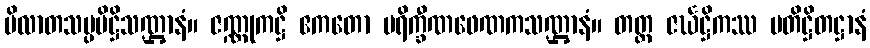
မိလာတသပ္ပပိဋ္ဌိသဏ္ဌာနံ။ ဇဏ္ဏုကဋ္ဌိ ဧကတော ပရိက္ခီဏဖေဏကသဏ္ဌာနံ။ တတ္ထ ဇင်္ဃဋ္ဌိကဿ ပတိဋ္ဌိတဋ္ဌာနံ